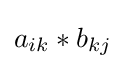
a_{ik}*b_{kj}